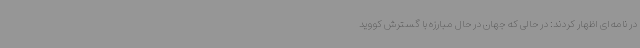
در نامه‌ای اظهار کردند: در حالی که جهان در حال مبارزه با گسترش کووید